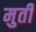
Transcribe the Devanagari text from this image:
मुर्तीं